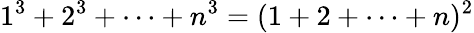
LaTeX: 1^{3}+2^{3}+\cdots+n^{3}=(1+2+\cdots+n)^{2}